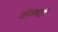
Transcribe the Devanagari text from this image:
चौक्याही